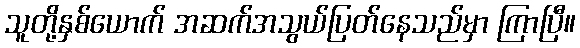
သူတို့နှစ်ယောက် အဆက်အသွယ်ပြတ်နေသည်မှာ ကြာပြီ။